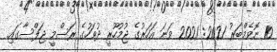
10 ނޮވެމްބަރު 2021: 2021 ވަނަ އަހަރުގެ ޖުމުހޫރީ ދުވަހުގެ ރަސްމީ ޖަލްސާގައި